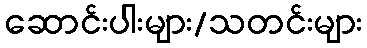
ဆောင်းပါးများ/သတင်းများ